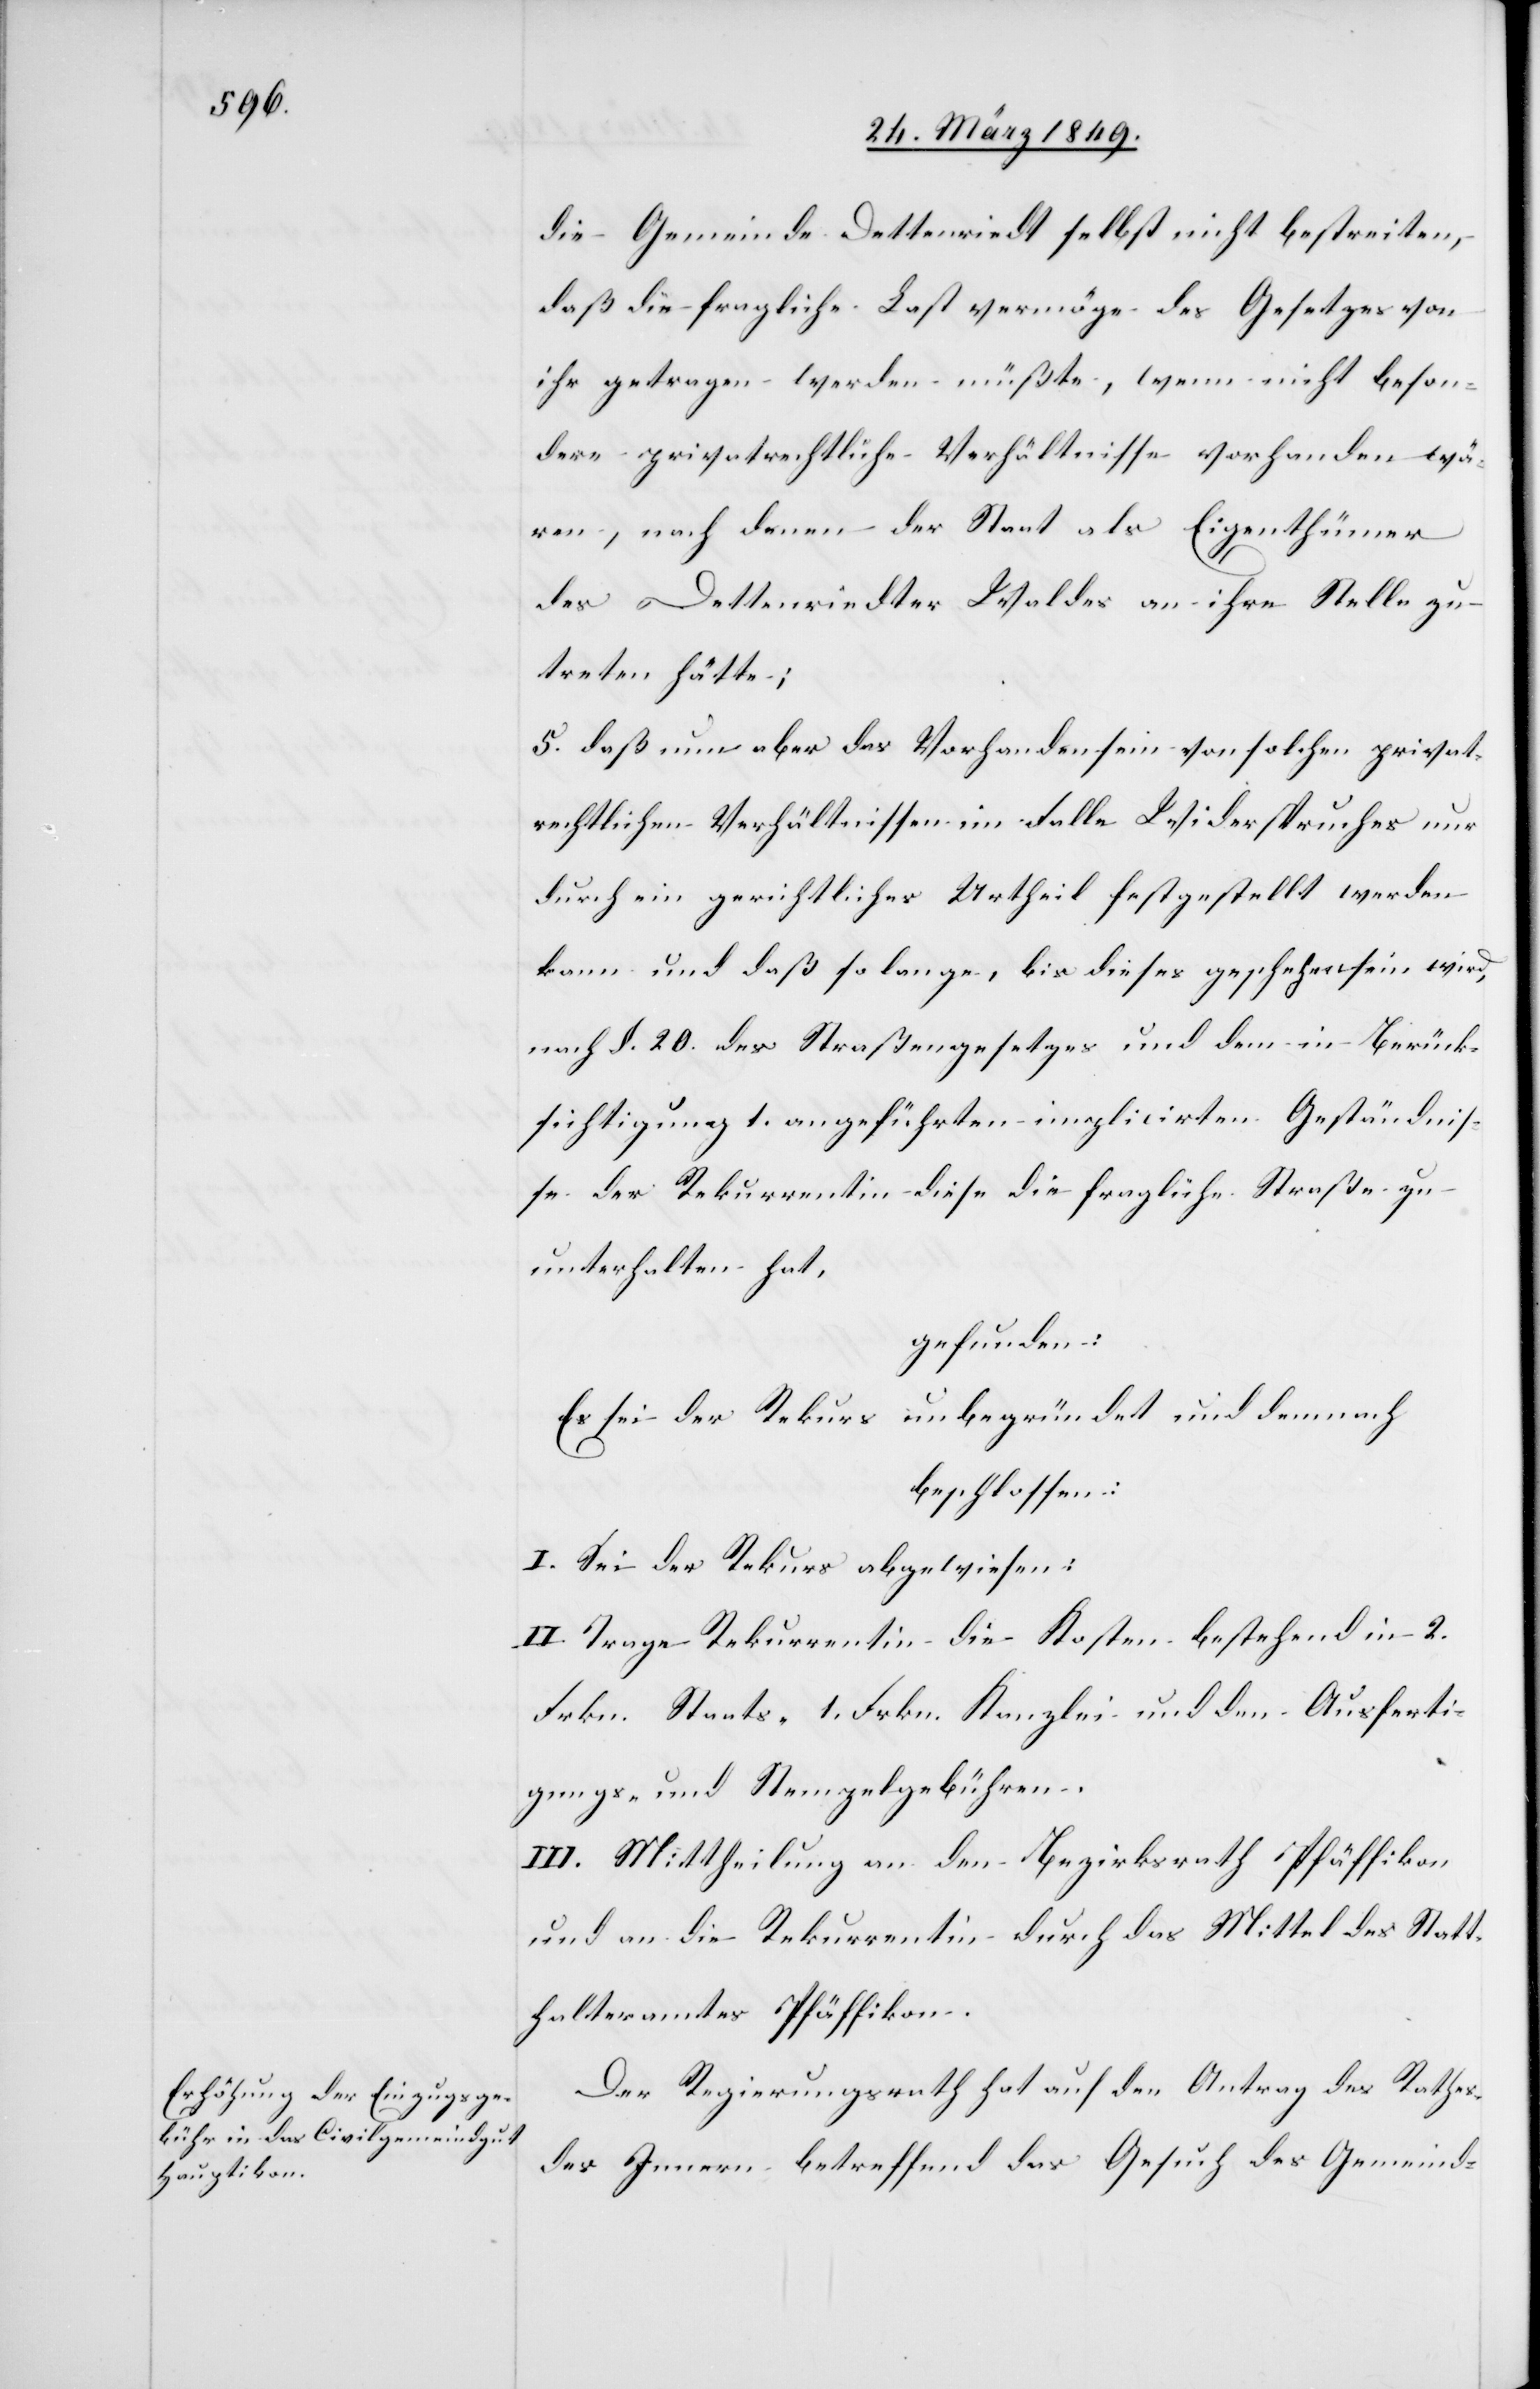
die Gemeinde Dettenriedt selbst nicht bestreiten,
daß die fragliche Last vermöge des Gesetzes von
ihr getragen werden müßte, wenn nicht beson¬
dere privatrechtliche Verhältnisse vorhanden wä¬
ren, nach denen der Staat als Eigenthümer
des Dettenriedter Waldes an ihre Stelle zu
treten hätte;
5. daß nun aber das Vorhandensein von solchen privat¬
rechtlichen Verhältnissen im Falle Widerspruches nur
durch ein gerichtliches Urtheil festgestellt werden
kann und daß so lange, bis dieses geschehen sein wird,
nach §. 20. des Straßengesetzes und dem in Berück¬
sichtigung 1. angeführten implicirten Geständnis¬
se der Rekurrentin diese die fragliche Straße zu
unterhalten hat,
gefunden:
Es sei der Rekurs unbegründet und demnach
beschlossen:
I. Sei der Rekurs abgewiesen:
II. Trage Rekurrentin die Kosten bestehend in 2.
Frkn. Staats- 1. Frkn. Kanzlei- und den Ausferti¬
gungs- und Stempelgebühren.
III. Mittheilung an den Bezirksrath Pfäffikon
und an die Rekurrentin durch das Mittel des Statt¬
halteramtes Pfäffikon.
Der Regierungsrath hat auf den Antrag des Rathes
des Innern betreffend das Gesuch des Gemeind-